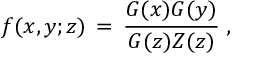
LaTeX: f ( x , y ; z ) \, = \, \frac { G ( x ) G ( y ) } { G ( z ) Z ( z ) } \; ,